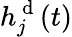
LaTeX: h_{j}^{\mathrm{~d~}}(t)